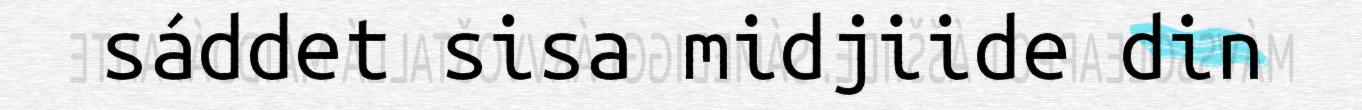
sáddet sisa midjiide din